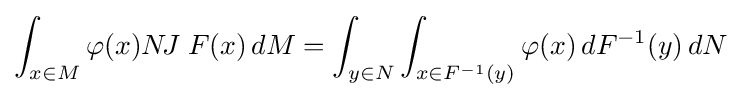
\int _{x\in M}\varphi (x)N\!J\;F(x)\,dM=\int _{y\in N}\int _{x\in F^{-1}(y)}\varphi (x)\,dF^{-1}(y)\,dN